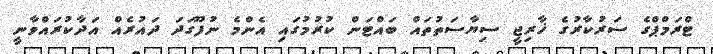
ޓްރަމްޕްގެ ސަރުކާރުގެ ޚާރިޖީ ސިޔާސަތުތައް ބައްޓަން ކުރުމުގައި އެންމެ ނުފޫގަދަ ދައުރެއް އަދާކުރައްވާނީ